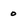
Character: 0